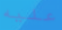
عليه